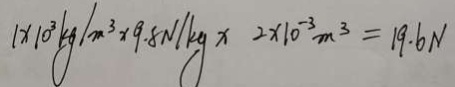
1 \times 1 0 ^ { 3 } k g / m ^ { 3 } \times 9 . 8 N / k g \times 2 \times 1 0 ^ { - 3 } m ^ { 3 } = 1 9 . 6 N